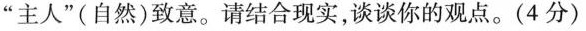
”主人”(自然)致意。请结合现实，谈谈你的观点。(4分)